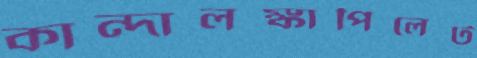
কান্দালঙ্কাপিলেট